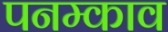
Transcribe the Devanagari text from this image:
पनम्काव